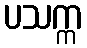
ပသက္က